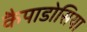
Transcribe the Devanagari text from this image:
कैपाडोसिया